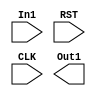
module FSM#(parameter a = 3'b000, b = 3'b001, c = 3'b010)
(
  input wire In1,
  input wire RST,
  input wire CLK, 
  output reg Out1  
);
/* reg [3:0]PS;
 reg [3:0]NS;

always@(posedge CLK, negedge RST)
begin : sequencial
if (RST == 1'b1)
	PS <= a;
else if(CLK == 1'b1 & RST == 1'b0)
	PS <= NS;
end

always@(CLK,PS,NS,In1)
begin : combinational
case(PS)
a:
begin : a
Out1 <= 1'b0;
if (In1 == 1'b0)
	NS <= a;
else 
	NS <= b;
end
b:
begin
Out1 <= 1'b0;
if (In1 == 1'b1)
	NS <= b;
else 
	NS <= c;
end
c:
begin
Out1 <= 1'b1;
if (In1 == 1'b0)
	NS <= c;
else 
	NS <= a;
end
default :
begin
	NS <= a;
end
endcase
end */
endmodule